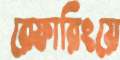
রেফারিংয়ে